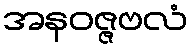
အနဝဇ္ဇဗလံ